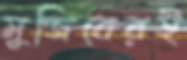
মুজিবেরই